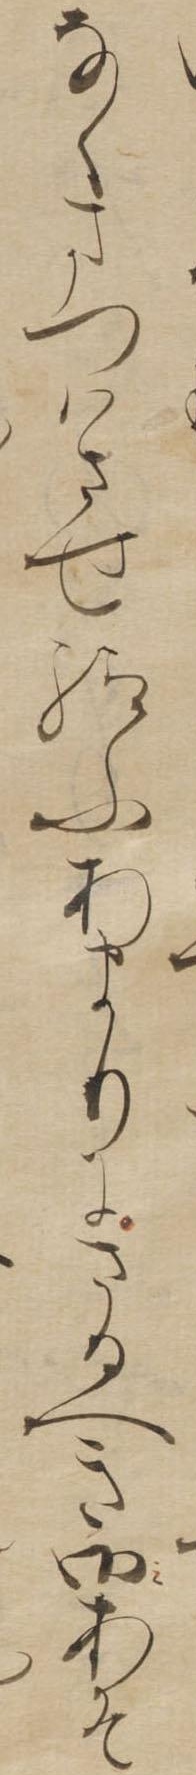
なくまつはさせ給ふあまりにさるへき御あそ